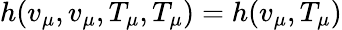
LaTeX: h(v_{\mu},v_{\mu},T_{\mu},T_{\mu})=h(v_{\mu},T_{\mu})